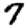
Digit: 7